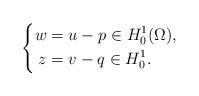
LaTeX: \begin{align*}\left\{\begin{aligned}w ={}& {} u-p \in H_{0}^{1}(\Omega),\\z ={}& {} v-q \in H_{0}^{1}.\end{aligned}\right.\end{align*}